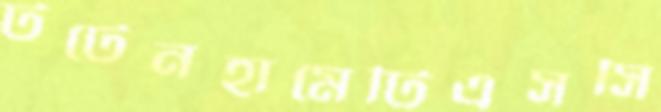
টটেনহামেটিএসসি